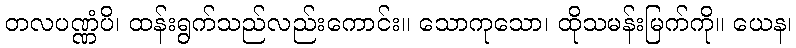
တလပဏ္ဏံပိ၊ ထန်းရွက်သည်လည်းကောင်း။ သောကုသော၊ ထိုသမန်းမြက်ကို။ ယေန၊